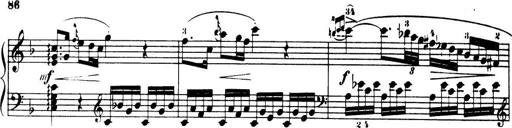
Title: 32 Sonatinas and Rondos for the Piano
Composer: Richard Kleinmichel